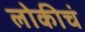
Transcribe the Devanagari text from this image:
लोकीचं